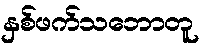
နှစ်ဖက်သဘောတူ